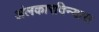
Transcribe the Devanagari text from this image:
अंलकारविन्यास